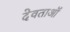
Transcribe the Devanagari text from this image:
देवताऑं